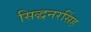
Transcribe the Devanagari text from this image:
सिद्धनरसिंह